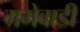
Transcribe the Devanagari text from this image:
गमेवाडी